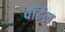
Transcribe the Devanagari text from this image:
वॉर्डेल